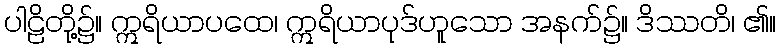
ပါဠိတို့၌။ ဣရိယာပထေ၊ ဣရိယာပုဒ်ဟူသော အနက်၌။ ဒိဿတိ၊ ၏။